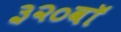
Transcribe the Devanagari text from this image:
३२०वॉ